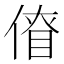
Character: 傄